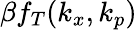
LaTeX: \beta f_{T}(k_{x},k_{p})